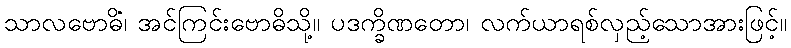
သာလဗောဓိံ၊ အင်ကြင်းဗောဓိသို့။ ပဒက္ခိဏတော၊ လက်ယာရစ်လှည့်သောအားဖြင့်။